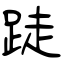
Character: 跿